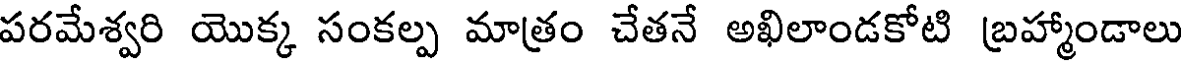
పరమేశ్వరి యొక్క సంకల్ప మాత్రం చేతనే అఖిలాండకోటి బ్రహ్మాండాలు